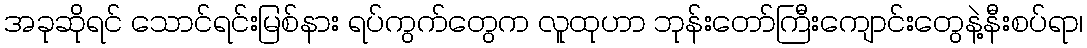
အခုဆိုရင် သောင်ရင်းမြစ်နား ရပ်ကွက်တွေက လူထုဟာ ဘုန်းတော်ကြီးကျောင်းတွေနဲ့နီးစပ်ရာ၊